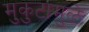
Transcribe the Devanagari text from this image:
मुकुटामुळे